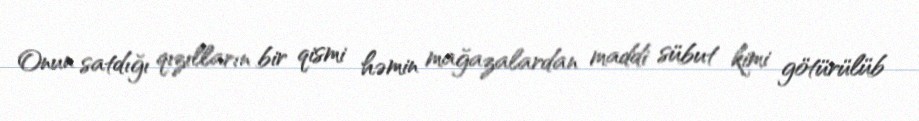
Onun satdığı qızılların bir qismi həmin mağazalardan maddi sübut kimi götürülüb